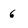
Character: 6